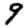
Digit: 9